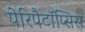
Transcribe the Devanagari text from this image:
पेरिपैटॉप्सिस